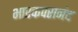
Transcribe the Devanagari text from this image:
भास्कपरानंद